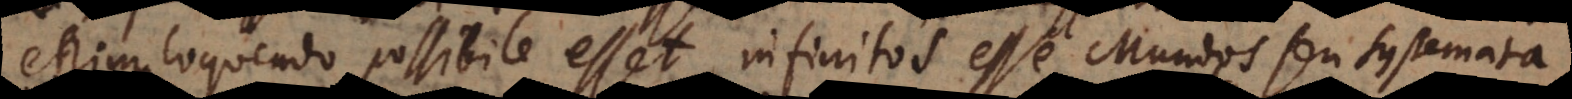
enim loquendo possibile esset infinitos esse Mundos seu systemata